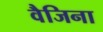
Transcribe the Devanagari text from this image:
वैजिना